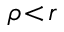
\rho \! < \! r